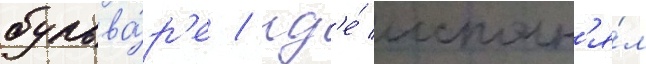
бульва́р'е / гд'е́ исполн'я́л